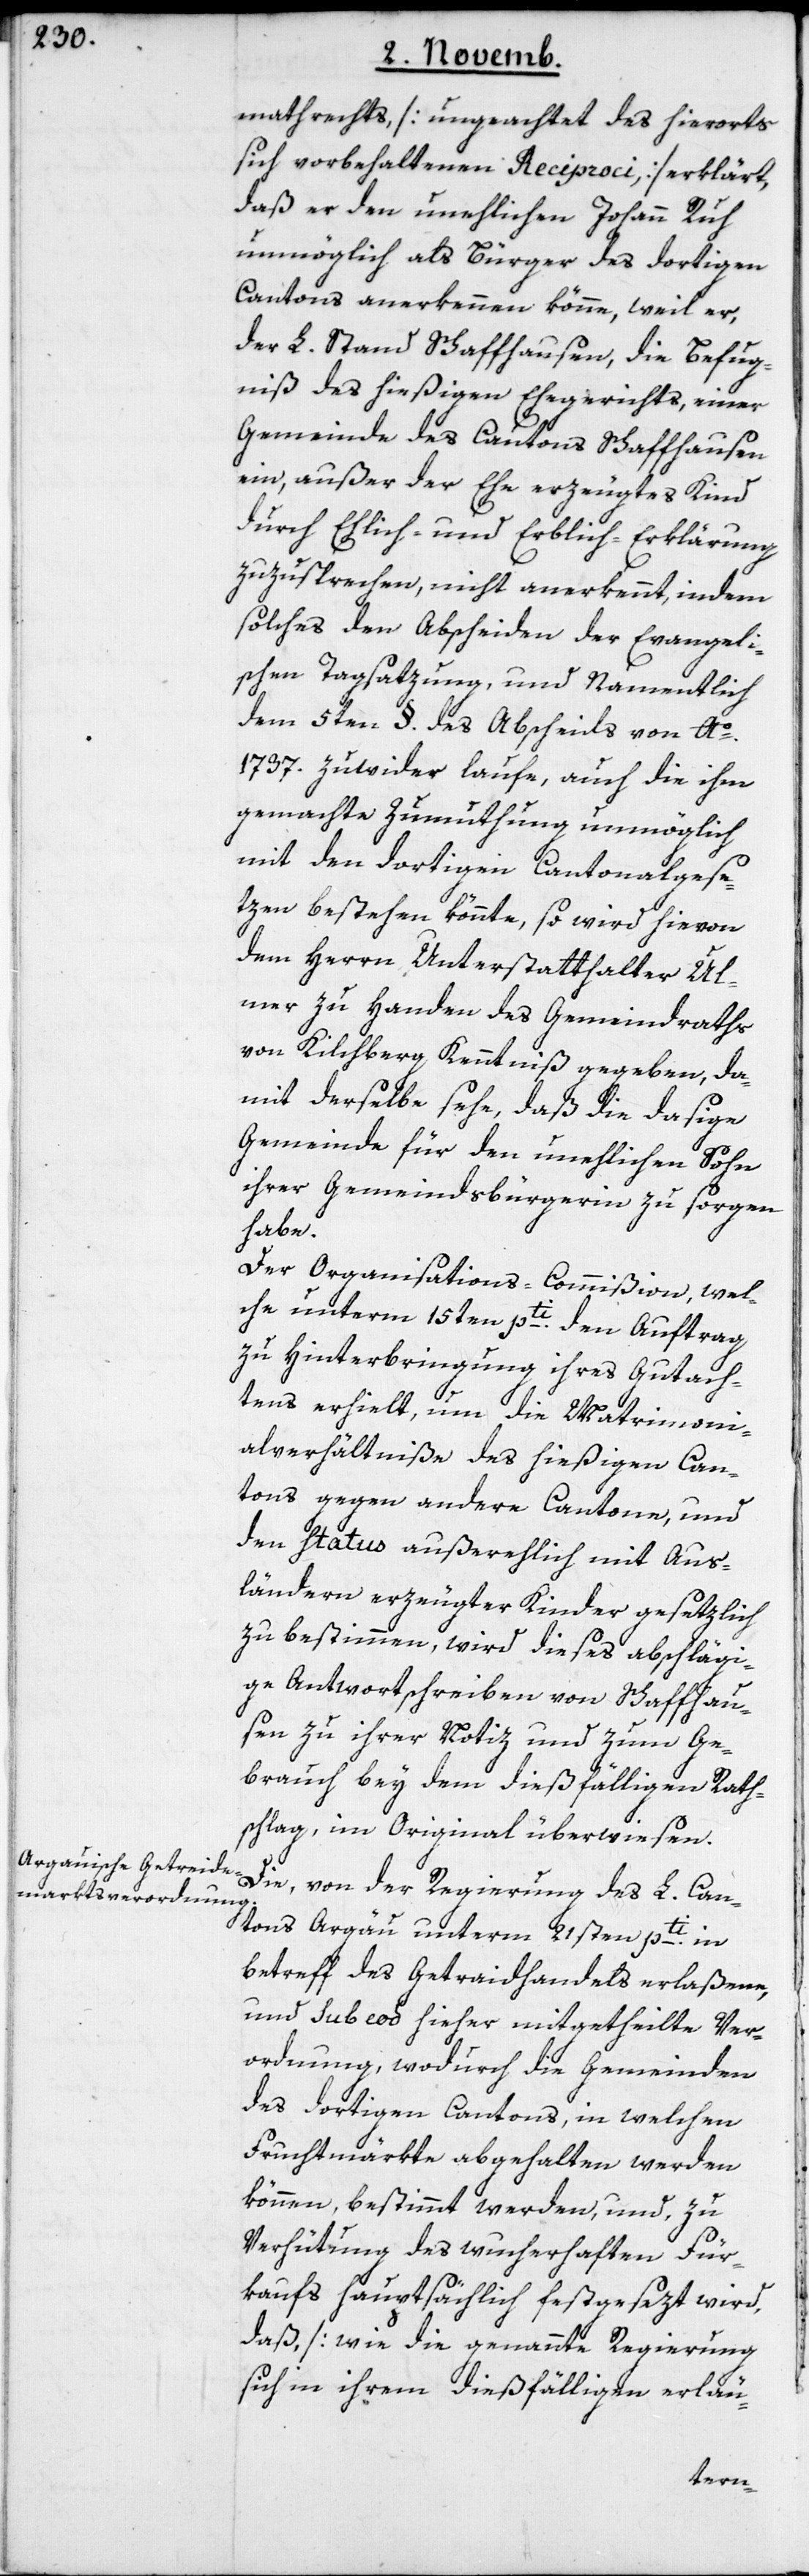
mathrechts [ungeachtet des hierorts
sich vorbehaltenden Reciproci] erklärt,
daß er den unehlichen Johann Ruh
unmöglich als Bürger des dortigen
Cantons anerkennen könne, weil er,
der L. Stand Schaffhausen, die Befug¬
niß des hießigen Ehegerichts, einer
Gemeinde des Cantons Schaffhausen
ein, außer der Ehe erzeugtes Kind
durch Ehlich- und Erblich-Erklärung
zuzusprechen, nicht anerkennt, indem
solches den Abscheiden der Evangeli¬
schen Tagsatzung und Namentlich
dem 5ten §. des Abscheids von Ao.
1737. zuwider laufe, auch die ihm
gemachte Zumuthung unmöglich
mit den dortigen Cantonalgese¬
tzen bestehen könnte, so wird hievon
dem Herrn Unterstatthalter Ul¬
mer zu Handen des Gemeindraths
von Kilchberg Kenntniß gegeben, da¬
mit derselbe sehe, daß die dasige
Gemeinde für den unehlichen Sohn
ihrer Gemeindsbürgerin zu sorgen
habe.
Der Organisations-Commißion, wel¬
che unterm 15ten pti. den Auftrag
zu Hinterbringung ihre Gutach¬
tens erhielt, um die Matrimoni¬
alverhältniße des hießigen Can¬
tons gegen andere Cantone, und
den Status außerehlich mit Aus¬
ländern erzeugter Kinder gesetzlich
zu bestimmen, wird dieses abschlägi¬
ge Antwortschreiben von Schaffhau¬
sen zu ihrer Notiz und zum Ge¬
brauch bey dem dießfälligen Rath¬
schlag, im Original überwiesen.
Die, von der Regierung des L. Can¬
tons Argäu unterm 21sten pti. in
betreff des Getraidhandels erlaßene,
und sub eod hieher mitgetheilte Ver¬
ordnung, wodurch die Gemeinden
des dortigen Cantons, in welchen
Fruchtmärkte abgehalten werden
können, bestimmt werden, und, zu
Verhütung des wucherhaften Für¬
kaufs hauptsächlich festgesezt wird,
daß, [wie die genannte Regierung
sich in ihrem dießfälligen erläu-